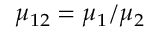
\displaystyle \mu _ { 1 2 } = \mu _ { 1 } / \mu _ { 2 }